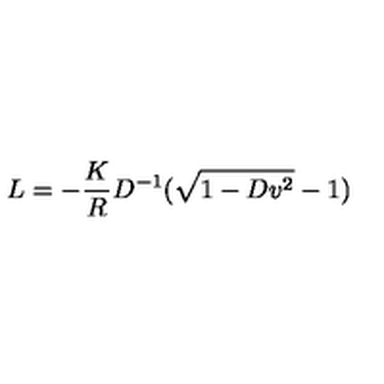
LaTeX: L = - { \frac { K } { R } } D ^ { - 1 } ( \sqrt { 1 - D v ^ { 2 } } - 1 )